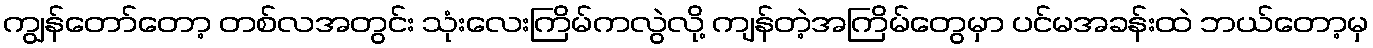
ကျွန်တော်တော့ တစ်လအတွင်း သုံးလေးကြိမ်ကလွဲလို့ ကျန်တဲ့အကြိမ်တွေမှာ ပင်မအခန်းထဲ ဘယ်တော့မှ